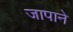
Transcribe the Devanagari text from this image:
जापाने